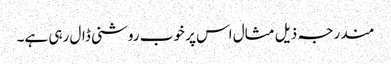
مندرجہ ذیل مثال اس پر خوب روشنی ڈال رہی ہے۔